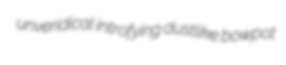
unveridical introfying dustlike bowpot